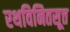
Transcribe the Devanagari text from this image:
रथविनितसूत्त